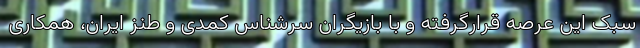
سبکِ این عرصه قرارگرفته و با بازیگران سرشناس کمدی و طنز ایران، همکاری